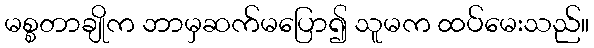
မစ္စတာချိုက ဘာမှဆက်မပြော၍ သူမက ထပ်မေးသည်။